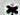
*